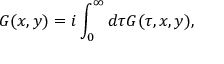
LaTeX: G ( x , y ) = i \int _ { 0 } ^ { \infty } d \tau G ( \tau , x , y ) ,